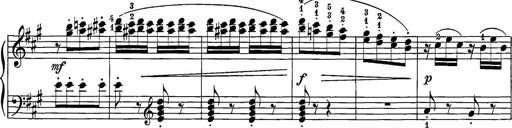
Title: 12 Sonatine per Pianoforte
Composer: Friedrich Kuhlau